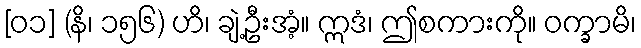
[၀၁] (နိ၊ ၁၅၆) ဟိ၊ ချဲ့ဦးအံ့။ ဣဒံ၊ ဤစကားကို။ ဝက္ခာမိ၊